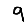
Digit: 9